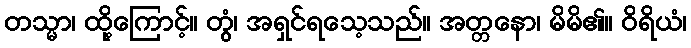
တသ္မာ၊ ထို့ကြောင့်။ တွံ၊ အရှင်ရသေ့သည်။ အတ္တနော၊ မိမိ၏။ ဝိရိယံ၊